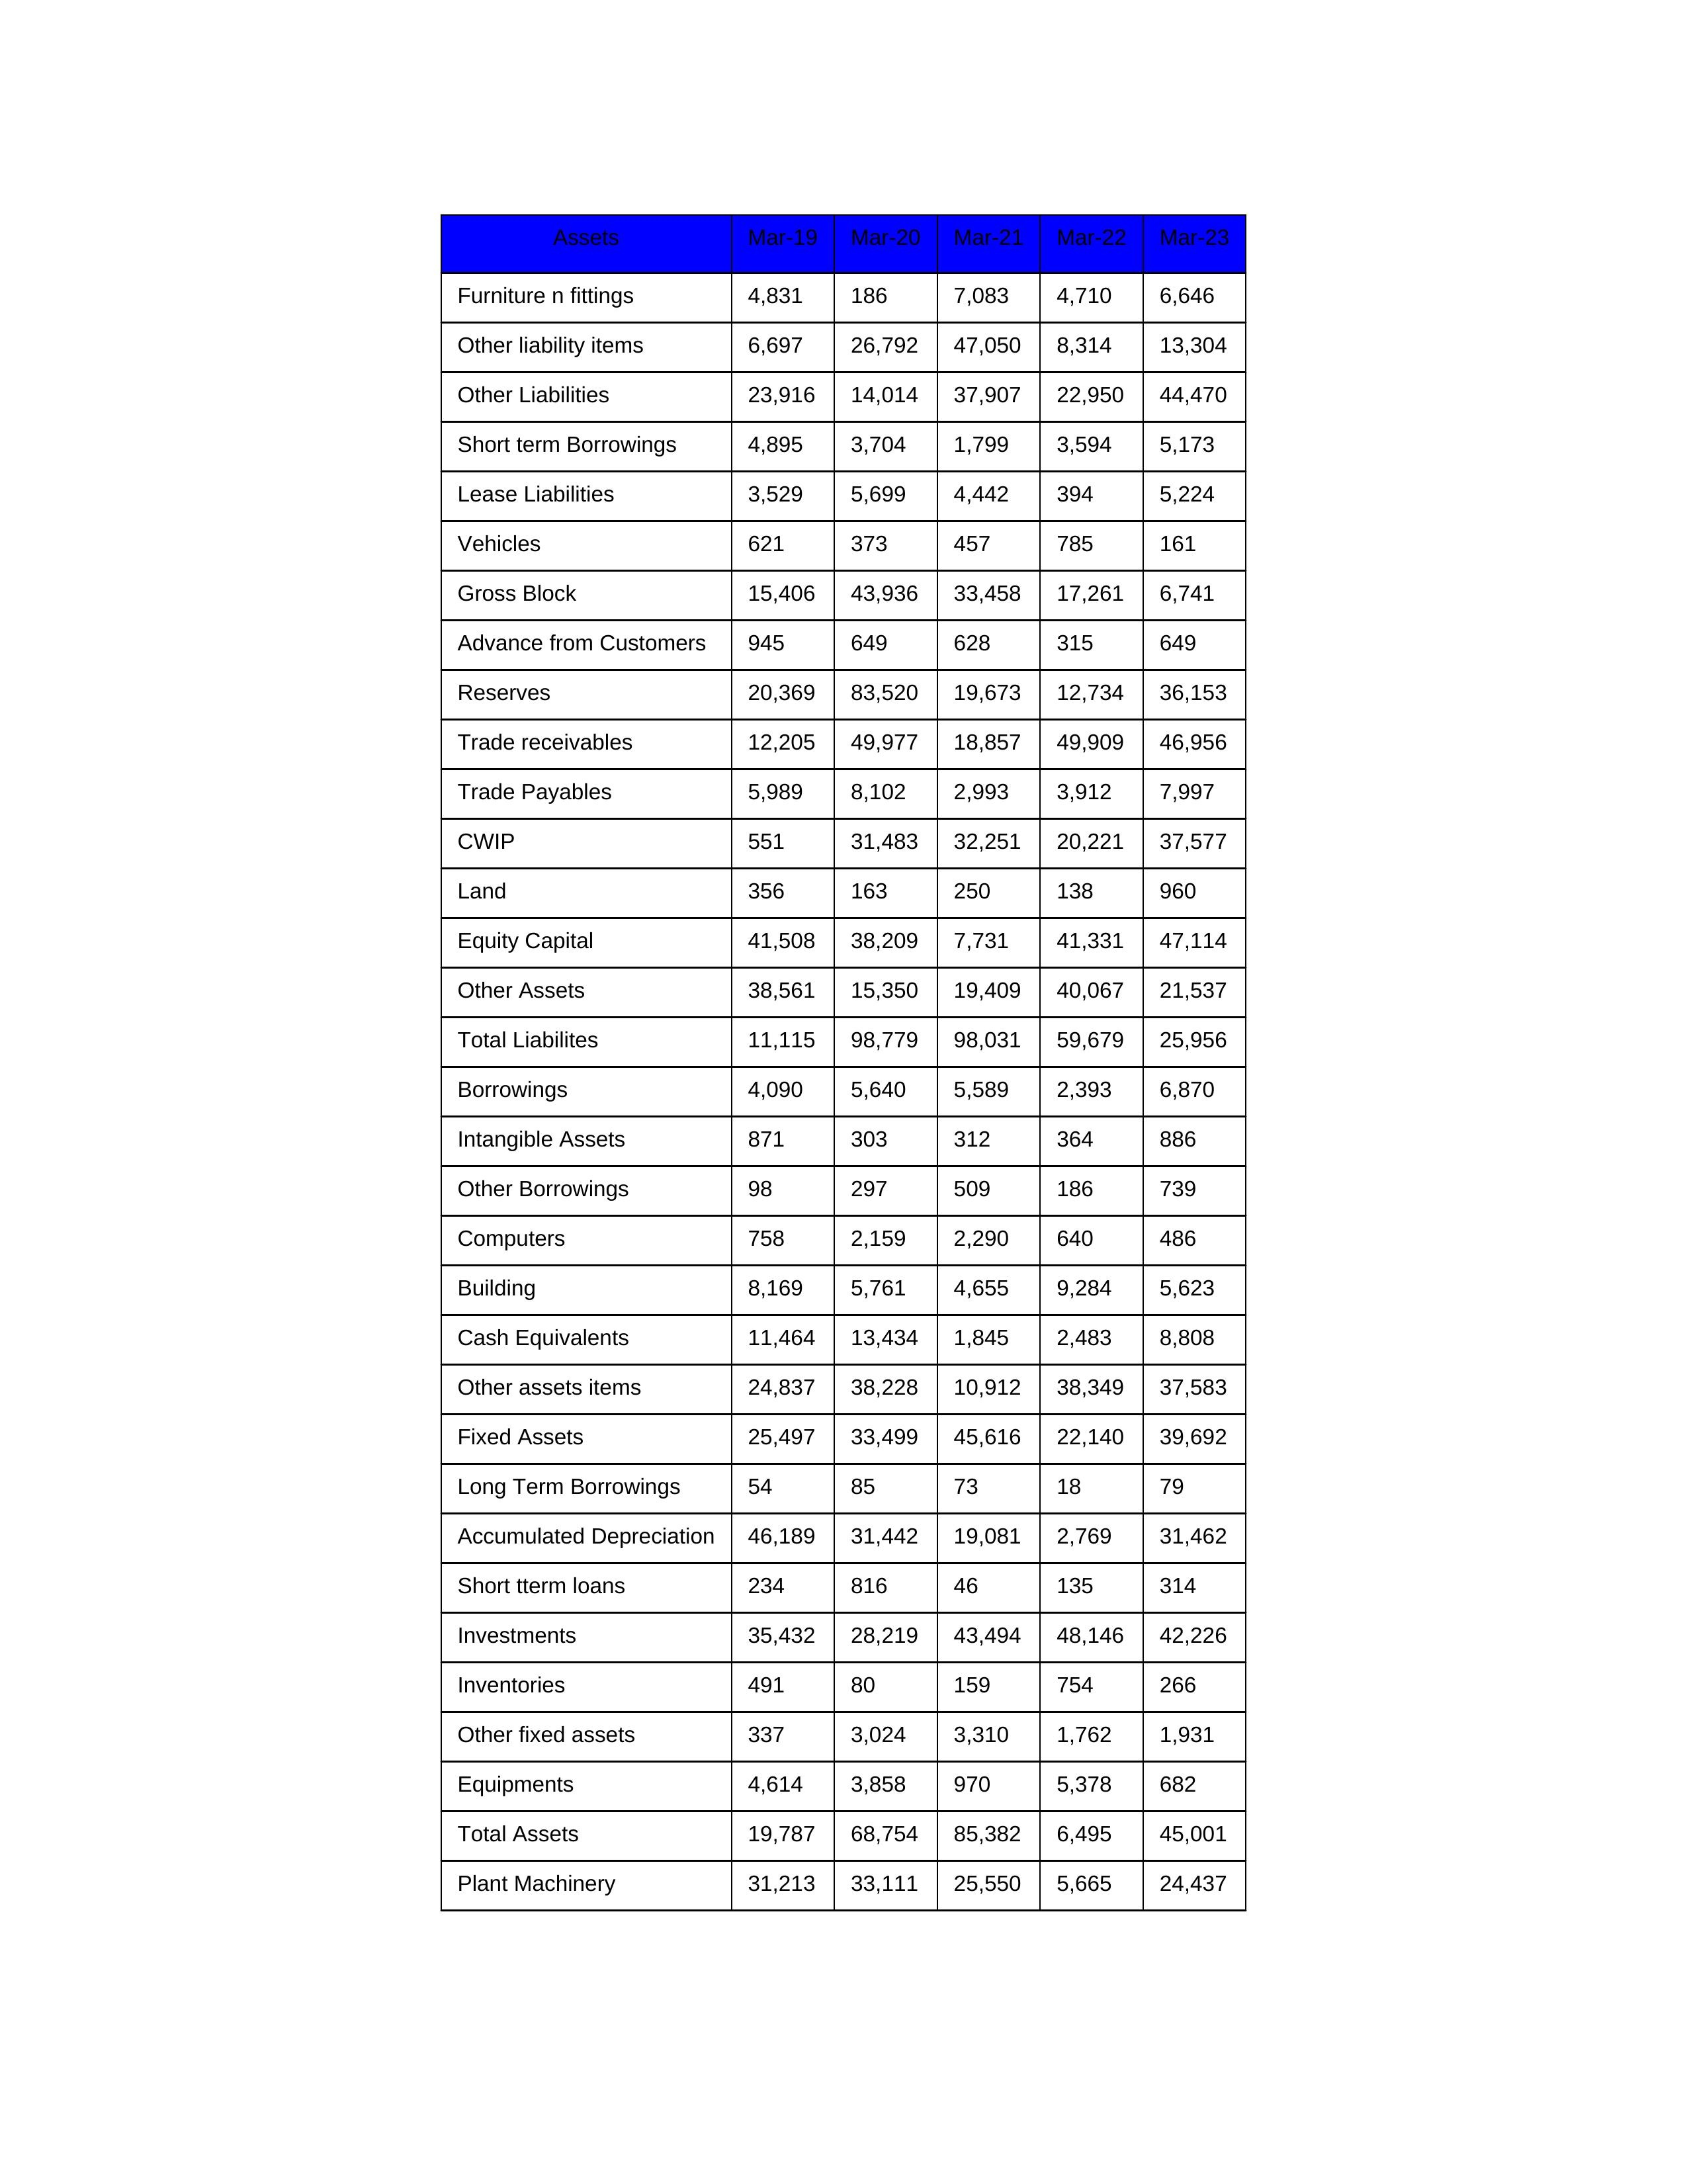
gt_parse: Mar-19: Equity Capital: 41,508
Reserves: 20,369
Borrowings: 4,090
Long Term Borrowings: 54
Short term Borrowings: 4,895
Lease Liabilities: 3,529
Other Borrowings: 98
Other Liabilities: 23,916
Trade Payables: 5,989
Advance from Customers: 945
Other liability items: 6,697
Total Liabilites: 11,115
Fixed Assets: 25,497
Land: 356
Building: 8,169
Plant Machinery: 31,213
Equipments: 4,614
Computers: 758
Furniture n fittings: 4,831
Vehicles: 621
Intangible Assets: 871
Other fixed assets: 337
Gross Block: 15,406
Accumulated Depreciation: 46,189
CWIP: 551
Investments: 35,432
Other Assets: 38,561
Inventories: 491
Trade receivables: 12,205
Cash Equivalents: 11,464
Short tterm loans: 234
Other assets items: 24,837
Total Assets: 19,787
Mar-20: Equity Capital: 38,209
Reserves: 83,520
Borrowings: 5,640
Long Term Borrowings: 85
Short term Borrowings: 3,704
Lease Liabilities: 5,699
Other Borrowings: 297
Other Liabilities: 14,014
Trade Payables: 8,102
Advance from Customers: 649
Other liability items: 26,792
Total Liabilites: 98,779
Fixed Assets: 33,499
Land: 163
Building: 5,761
Plant Machinery: 33,111
Equipments: 3,858
Computers: 2,159
Furniture n fittings: 186
Vehicles: 373
Intangible Assets: 303
Other fixed assets: 3,024
Gross Block: 43,936
Accumulated Depreciation: 31,442
CWIP: 31,483
Investments: 28,219
Other Assets: 15,350
Inventories: 80
Trade receivables: 49,977
Cash Equivalents: 13,434
Short tterm loans: 816
Other assets items: 38,228
Total Assets: 68,754
Mar-21: Equity Capital: 7,731
Reserves: 19,673
Borrowings: 5,589
Long Term Borrowings: 73
Short term Borrowings: 1,799
Lease Liabilities: 4,442
Other Borrowings: 509
Other Liabilities: 37,907
Trade Payables: 2,993
Advance from Customers: 628
Other liability items: 47,050
Total Liabilites: 98,031
Fixed Assets: 45,616
Land: 250
Building: 4,655
Plant Machinery: 25,550
Equipments: 970
Computers: 2,290
Furniture n fittings: 7,083
Vehicles: 457
Intangible Assets: 312
Other fixed assets: 3,310
Gross Block: 33,458
Accumulated Depreciation: 19,081
CWIP: 32,251
Investments: 43,494
Other Assets: 19,409
Inventories: 159
Trade receivables: 18,857
Cash Equivalents: 1,845
Short tterm loans: 46
Other assets items: 10,912
Total Assets: 85,382
Mar-22: Equity Capital: 41,331
Reserves: 12,734
Borrowings: 2,393
Long Term Borrowings: 18
Short term Borrowings: 3,594
Lease Liabilities: 394
Other Borrowings: 186
Other Liabilities: 22,950
Trade Payables: 3,912
Advance from Customers: 315
Other liability items: 8,314
Total Liabilites: 59,679
Fixed Assets: 22,140
Land: 138
Building: 9,284
Plant Machinery: 5,665
Equipments: 5,378
Computers: 640
Furniture n fittings: 4,710
Vehicles: 785
Intangible Assets: 364
Other fixed assets: 1,762
Gross Block: 17,261
Accumulated Depreciation: 2,769
CWIP: 20,221
Investments: 48,146
Other Assets: 40,067
Inventories: 754
Trade receivables: 49,909
Cash Equivalents: 2,483
Short tterm loans: 135
Other assets items: 38,349
Total Assets: 6,495
Mar-23: Equity Capital: 47,114
Reserves: 36,153
Borrowings: 6,870
Long Term Borrowings: 79
Short term Borrowings: 5,173
Lease Liabilities: 5,224
Other Borrowings: 739
Other Liabilities: 44,470
Trade Payables: 7,997
Advance from Customers: 649
Other liability items: 13,304
Total Liabilites: 25,956
Fixed Assets: 39,692
Land: 960
Building: 5,623
Plant Machinery: 24,437
Equipments: 682
Computers: 486
Furniture n fittings: 6,646
Vehicles: 161
Intangible Assets: 886
Other fixed assets: 1,931
Gross Block: 6,741
Accumulated Depreciation: 31,462
CWIP: 37,577
Investments: 42,226
Other Assets: 21,537
Inventories: 266
Trade receivables: 46,956
Cash Equivalents: 8,808
Short tterm loans: 314
Other assets items: 37,583
Total Assets: 45,001